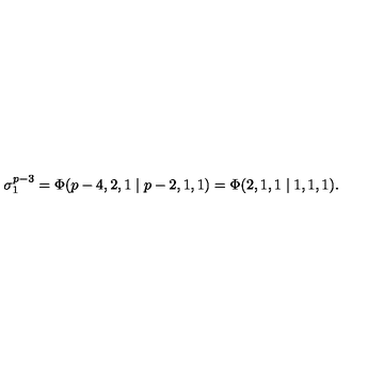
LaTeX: \sigma _ { 1 } ^ { p - 3 } = \Phi ( p - 4 , 2 , 1 \mid p - 2 , 1 , 1 ) = \Phi ( 2 , 1 , 1 \mid 1 , 1 , 1 ) .